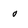
Character: 0